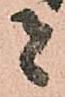
者